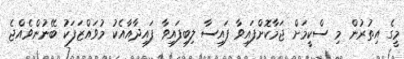
މީގެ އިތުރުން މި ސްކީމަށް ޖަމާކޮށްފައިވާ ފައިސާ ލިބިފައިވާ ފައިދާއާއެކު މުވައްޒަފަކު ބޭނުންވެއްޖެ